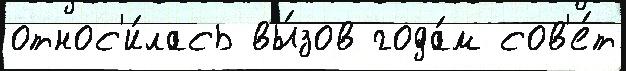
относ'и́лась вы́зов года́м сов'е́т